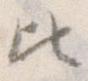
ひ